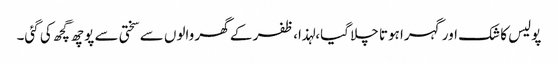
پولیس کا شک اور گہرا ہوتا چلا گیا،لہذا، ظفر کے گھر والوں سے سختی سے پوچھ گچھ کی گئی۔